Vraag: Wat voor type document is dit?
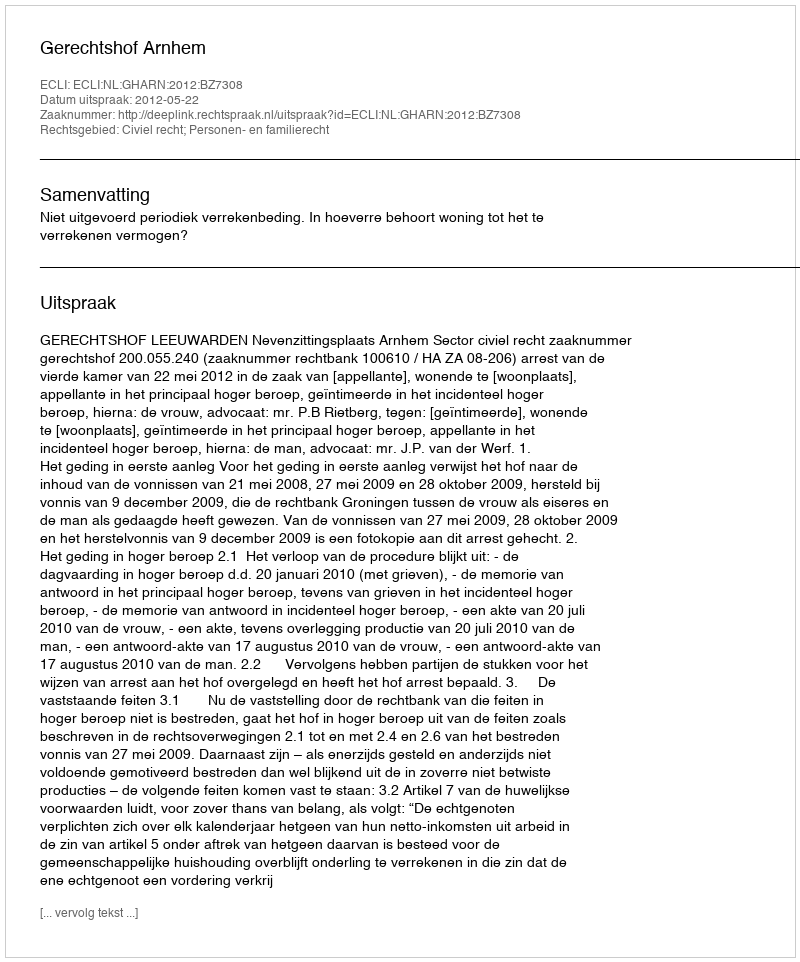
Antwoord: Uitspraak